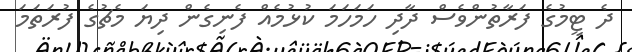
ދެ ޓީމުގެ ފަރާތުންވެސް ދާދި ހަމަހަމަ ކުޅުމެއް ފެނިގެން ދިޔަ މެޗުގެ ފުރަތަމަ